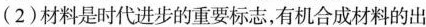
(2)材料是时代进步的重要标志，有机合成材料的出